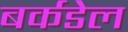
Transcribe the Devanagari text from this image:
बर्कडेल